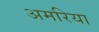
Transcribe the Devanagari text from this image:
अमरिया